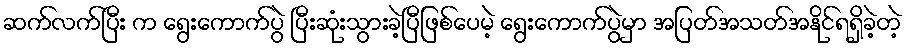
ဆက်လက်ပြီး က ရွေးကောက်ပွဲ ပြီးဆုံးသွားခဲ့ပြီဖြစ်ပေမဲ့ ရွေးကောက်ပွဲမှာ အပြတ်အသတ်အနိုင်ရရှိခဲ့တဲ့